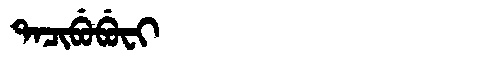
Manchu: ᡨᠠᠴᡳᠪᡠᠪᡠᠸᡳ
Romanization: TACIBUBUFI